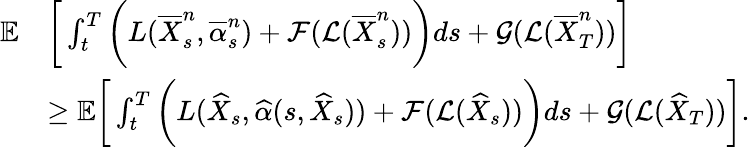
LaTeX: \begin{array}{rl}{{\mathbb E}}&{\bigg[\int_{t}^{T}\bigg(L(\overline{{X}}_{s}^{n},\overline{{\alpha}}_{s}^{n})+\mathcal{F}(\mathcal{L}(\overline{{X}}_{s}^{n}))\bigg)ds+\mathcal{G}(\mathcal{L}(\overline{{X}}_{T}^{n}))\bigg]}\\ &{\ge{\mathbb E}\bigg[\int_{t}^{T}\bigg(L(\widehat{X}_{s},\widehat{\alpha}(s,\widehat{X}_{s}))+\mathcal{F}(\mathcal{L}(\widehat{X}_{s}))\bigg)ds+\mathcal{G}(\mathcal{L}(\widehat{X}_{T}))\bigg].}\end{array}